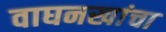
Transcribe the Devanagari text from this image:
वाघनखांचा